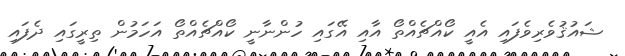
ޝައުޤުވެރިވެފައި އެއީ ކޯއްޗެއްތޯ އާއި އޭގައި ހުންނާނީ ކޯއްޗެއްތޯ އަހަމުން ތިރީގައި ދެފައި